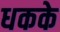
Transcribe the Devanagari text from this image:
धकके